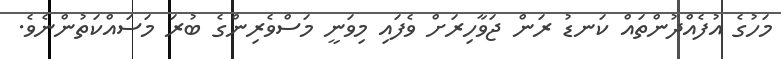
މަހުގެ އުފެއްދުންތައް ކަނޑު ރަން ޖަވާހިރަށް ވެފައި މިވަނީ މަސްވެރިންގެ ބުރަ މަސައްކަތުންނެވެ.